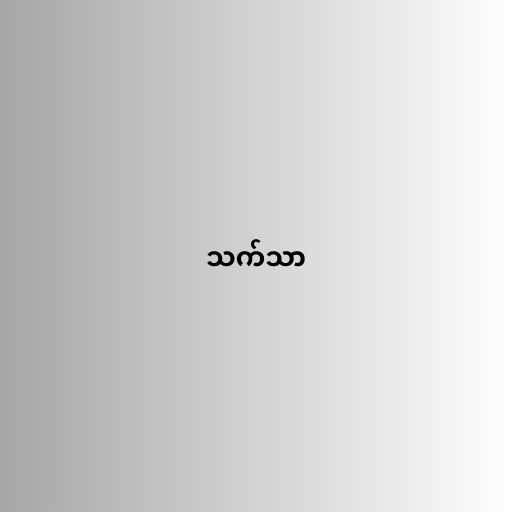
သက်သာ